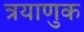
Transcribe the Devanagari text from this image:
त्रयाणुक